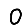
Digit: 0